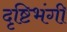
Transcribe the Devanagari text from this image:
दृष्टिभंगी